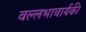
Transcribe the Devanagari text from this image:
वल्लभाचार्यकी